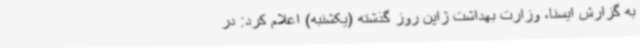
به گزارش ایسنا، وزارت بهداشت ژاپن روز گذشته (یکشنبه) اعلام کرد: در